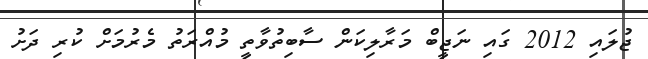
ޖުލައި 2012 ގައި ނަޖީބް މަރާލިކަން ސާބިތުވާތީ މުއްރަތު މެރުމަށް ކުރި ދަށު